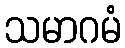
သမာဂမံ